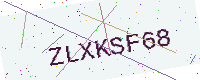
Text: ZLXKSF68